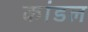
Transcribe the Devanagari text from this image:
कांडल